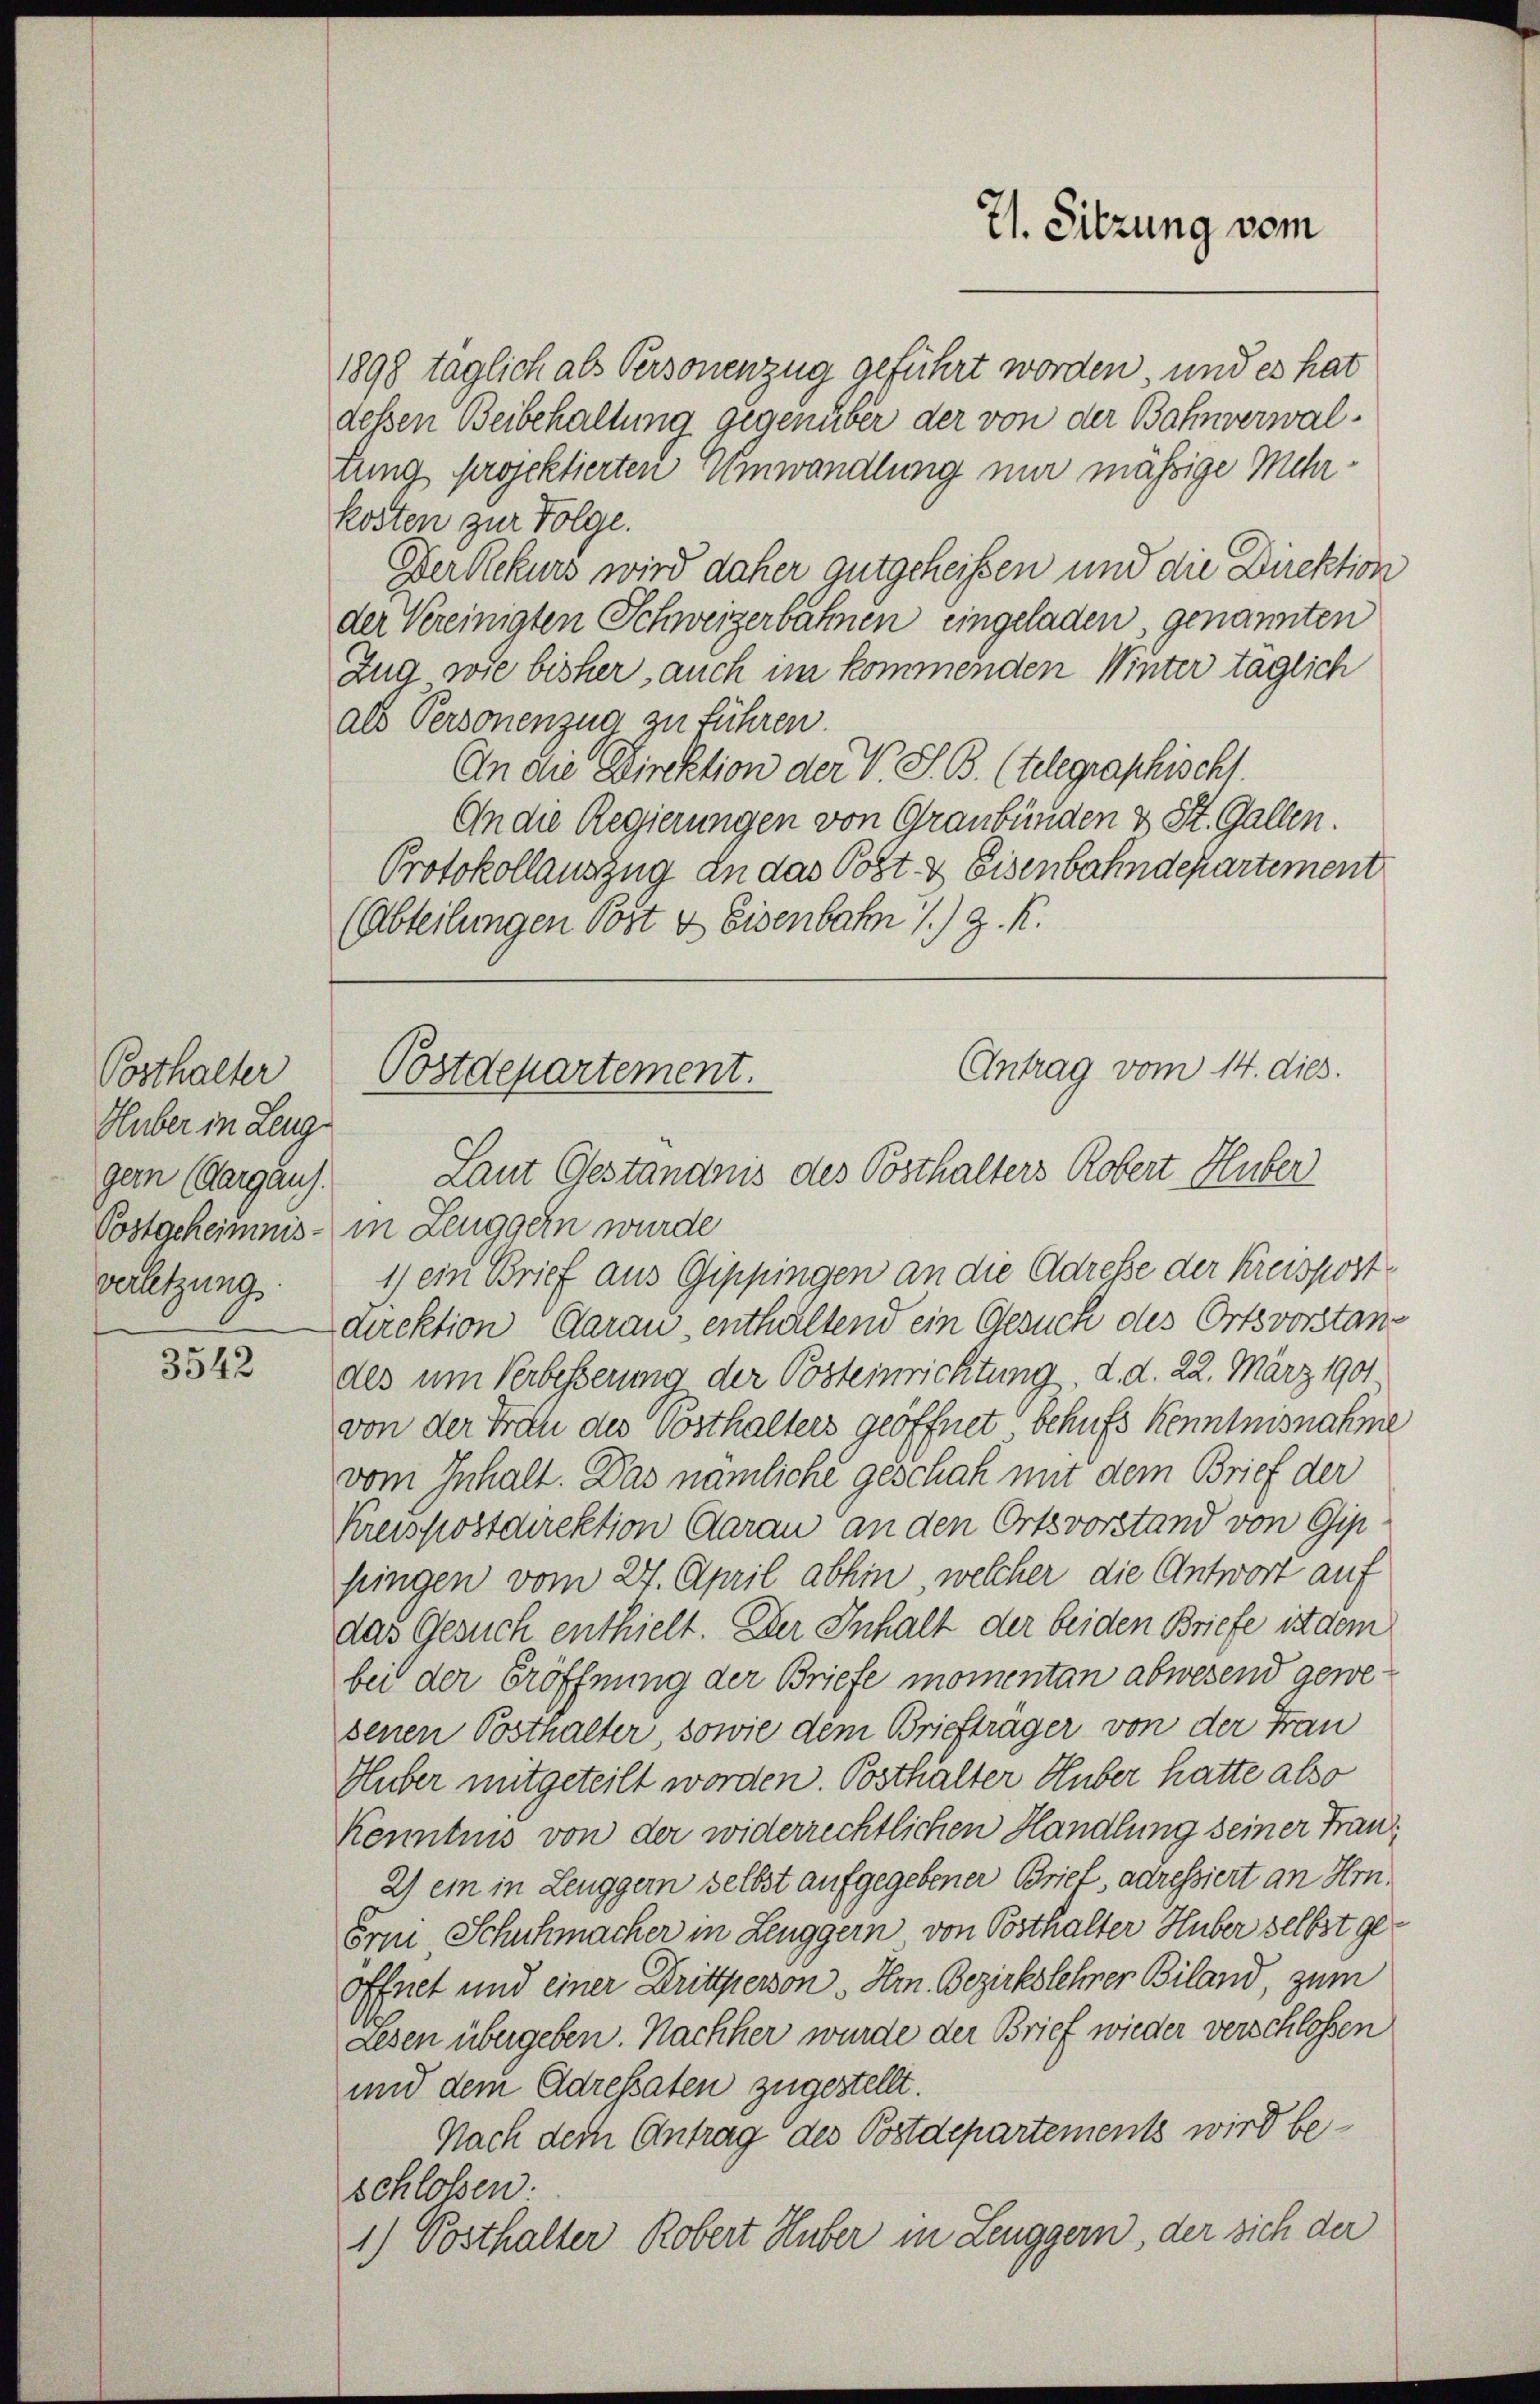
3542

Posthalter
Huber in Leuggern (Aargau.
verletzung.

21. Sitzung vom

1898 taglich als Personenzug geführt worden, und es hat
dessen Beibehaltung gegenüber der von der Bahnverwaltung projektierten Umwandlung nur mäßige Mehrkosten zur Folge.
Der Rekurs wird daher gutgeheißen und die Direktion
der Vereinigten Schweizerbahnen eingeladen, genannten
Zug wie bisher, auch im kommenden Winter täglich
als Personenzug zu führen.
An die Direktion der V. S. B. (telegraphischs.
An die Regierungen von Graubünden & St. Gallen.
Protokollauszug an das Post & Eisenbahndepartement
(Abteilungen Post & Eisenbahn 1.) J. K.

Antrag vom 14. dies
Postdepartement.
Laut Geständnis des Posthalters Robert Huber

Postgeheimnis - in Leuggern wurde
1) ein Brief aus Gippingen an die Adresse der Kreispostdirektion Carau enthaltend ein Gesuch des Ortsvorstandes um Verbesserung der Posteinrichtung, d. d. 22. März 1901
von der Frau des Posthalters geöffnet behufs Kenntnisnahme
vom Inhalt. Das nämliche geschah mit dem Brief der
Kreispostdirektion Aarau an den Ortsvorstand von Gip
fingen vom 27. April abhin, welcher die Antwort auf
das Gesuch enthielt. Der Inhalt der beiden Briefe ist dem
bei der Eröffnung der Briefe momentan abwesend gewesenen Posthalter, sowie dem Briefträger von der Frau
Huber mitgeteilt worden. Posthalter Huber hatte also
Kenntnis von der widerrechtlichen Handlung seiner Fran¬
2) ein in Leuggern selbst aufgegebener Brief, adressiert an Hrn.
Erni Schuhmacher in Leuggern von Posthalter Huber selbst geöffnet und einer Drittperson, Hrn. Bezirkslehrer Biland, zum
A
Lesen übergeben. Nachher wurde der Brief wieder verschlossen
und dem Adrekaten zugestellt.
Nach dem Antrag des Postdepartements wird beschlossen.
1) Posthalter Robert Huber in Leuggern, der sich der